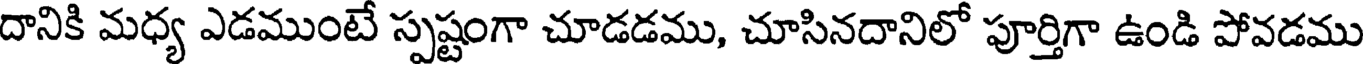
దానికి మధ్య ఎడముంటే స్పష్టంగా చూడడము, చూసినదానిలో పూర్తిగా ఉండి పోవడము